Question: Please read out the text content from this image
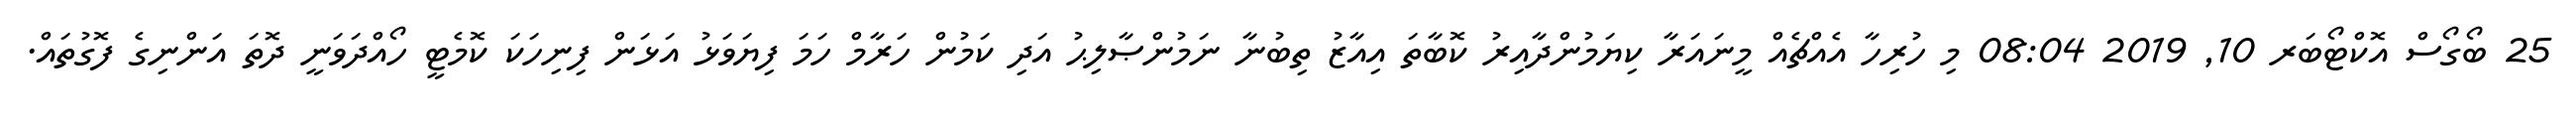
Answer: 25 ބޯގޯސް އޮކްޓޯބަރ 10, 2019 08:04 މި ހުރިހާ އެއްޗެއް މީނައަރާ ކިޔަމުންދާއިރު ކޮބާތަ އިއާޒު ތިބުނާ ނަމުންޞާލިޙު އަދި ކަމުން ހަރާމް ހަމަ ފިޔަވަޅު އަޅަން ފިނިހަކަ ކޮމެޓީ ހޯއްދަވަނީ ދޮތަ އަންނިގެ ފޮގުތައް.